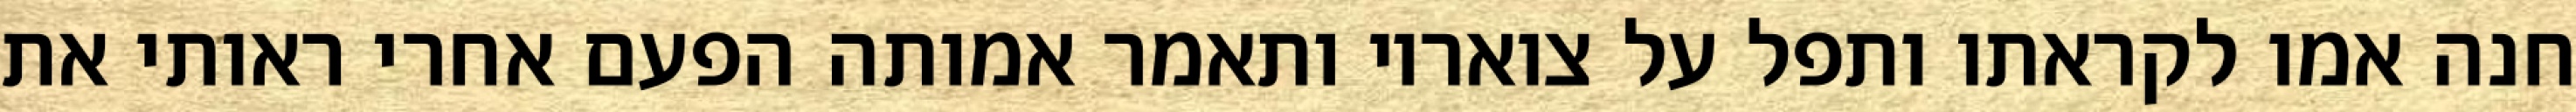
חנה אמו לקראתו ותפל על צואריו ותאמר אמותה הפעם אחרי ראותי את